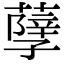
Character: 𦽆